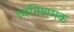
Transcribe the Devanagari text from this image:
ध्वनिशमक